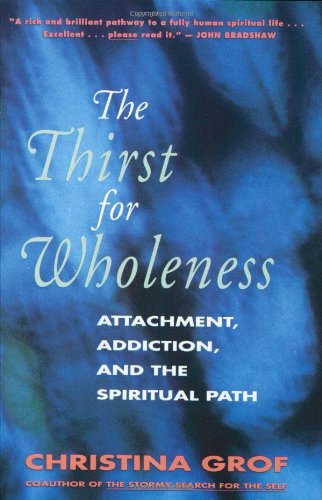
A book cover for The Thirst for Wholeness: Attachment, Addiction, and the Spiritual Path; Christina Grof; Self-Help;